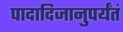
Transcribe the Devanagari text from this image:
पादादिजानुपर्यंतं